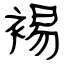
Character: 裼